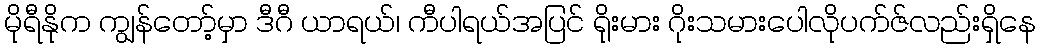
မိုရီနိုက ကျွန်တော့်မှာ ဒီဂီ ယာရယ်၊ ကီပါရယ်အပြင် ရိုးမား ဂိုးသမားပေါလိုပက်ဇ်လည်းရှိနေ